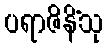
ပရာဇိနိံသု